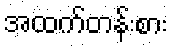
အထက်တန်းစား